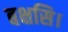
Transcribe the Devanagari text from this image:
बक्षसि।